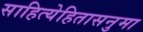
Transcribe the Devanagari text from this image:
साहित्येहितासनुमा